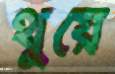
থুয়ে